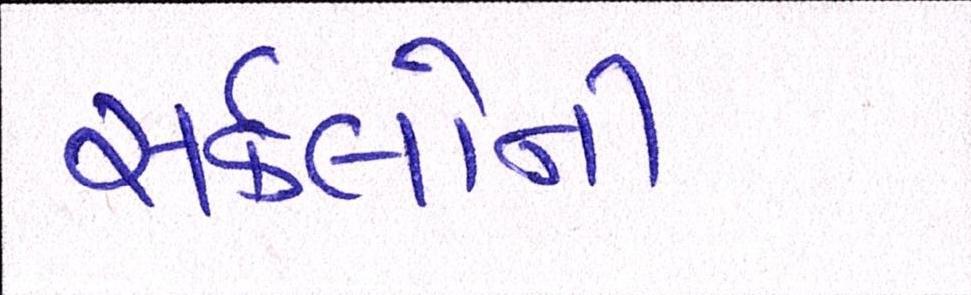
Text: સર્કલોની